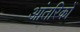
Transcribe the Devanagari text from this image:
आंतरिकों